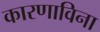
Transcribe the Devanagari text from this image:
कारणाविना